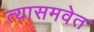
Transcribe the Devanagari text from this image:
त्यासमवेत